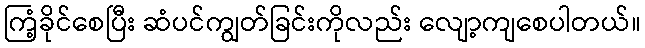
ကြံ့ခိုင်စေပြီး ဆံပင်ကျွတ်ခြင်းကိုလည်း လျော့ကျစေပါတယ်။